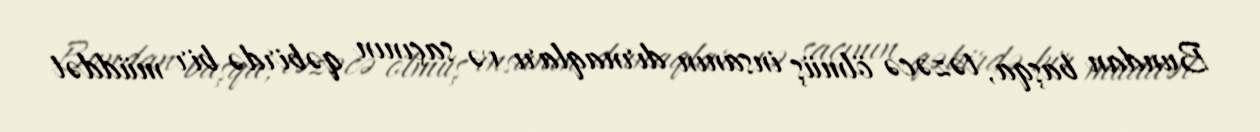
Bundan başqa, təzəcə ölmüş insanın dırnaqları və saçının qəbirdə bir müddət